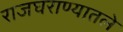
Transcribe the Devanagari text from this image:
राजघराण्यातले